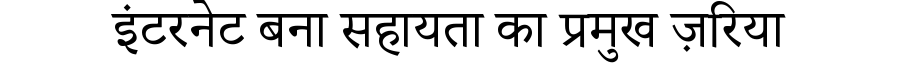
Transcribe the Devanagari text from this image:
इंटरनेट बना सहायता का प्रमुख ज़रिया